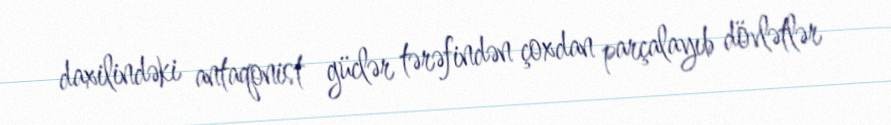
daxilindəki antaqonist güclər tərəfindən çoxdan parçalayıb dövlətlər